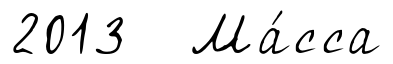
2013 Ма́сса